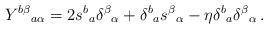
LaTeX: \begin{align*}Y^{b\beta}{}_{a\alpha}=2s^{b}{}_{a}\delta^{\beta}{}_{\alpha}+\delta^{b}{}_{a}s^{\beta}{}_{\alpha}-\eta\delta^{b}{}_{a}\delta^{\beta}{}_{\alpha}\,.\end{align*}